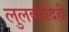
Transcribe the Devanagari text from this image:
लुलकीदिही